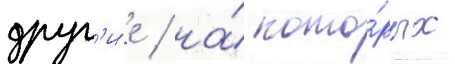
друг'и́е / на́ кото́рых